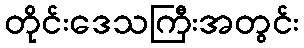
တိုင်းဒေသကြီးအတွင်း